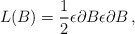
\begin{align*}L(B)=\frac{1}{2}\epsilon \partial B\epsilon \partial B\,,\end{align*}